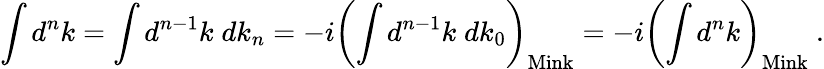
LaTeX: \int d^{n}k=\int d^{n-1}k\; dk_{n}=-i\left(\int d^{n-1}k\; dk_{0}\right)_{\mathrm{Mink}}=-i\left(\int d^{n}k\right)_{\mathrm{Mink}}\ .